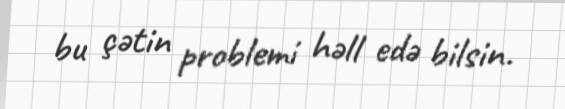
bu çətin problemi həll edə bilsin.